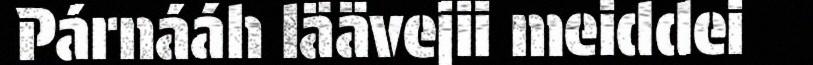
Párnááh läävejii meiddei